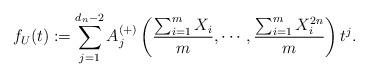
LaTeX: \begin{align*} f_{U}(t) := \sum_{j=1}^{d_n-2} A_j^{(+)}\left( \frac{\sum_{i=1}^m X_i}{m},\cdots,\frac{\sum_{i=1}^m X_i^{2n}}{m}\right)t^j.\end{align*}